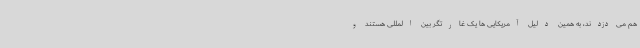
هم می‌دزدند، به همین دلیل آمریکایی ها یک غارتگر بین المللی هستند و